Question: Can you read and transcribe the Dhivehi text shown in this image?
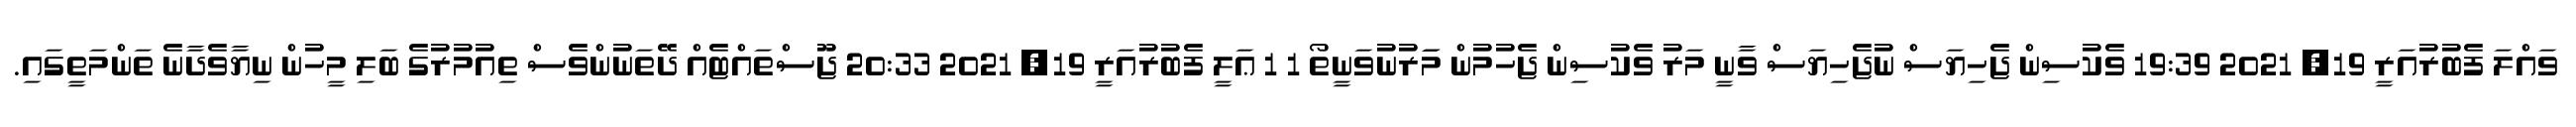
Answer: ވައްލަ ފެބުރުއަރީ 19, 2021 19:39 ވެކުސިން ޖެހިޔަސް ނުޖެހިޔަސް ވާނީ މަރު ވެކުސިން ޖެހުމުން މަަރުނުވަނީތޯ 1 1 ޢަލީ ފެބުރުއަރީ 19, 2021 20:33 ޖޫސްތައްޓެއް ދޭތަނުންވެސް ތިއުމުރުގެ ބަލި މީހުން ނިޔާވެދާނެ ތަންމަތީގައި.